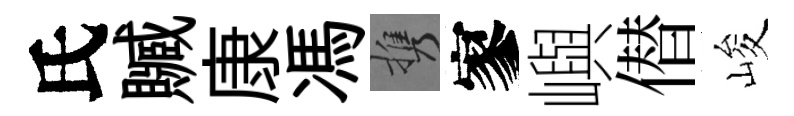
氏贓康馮携寥嶼僣峻